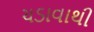
ચડાવાથી